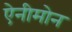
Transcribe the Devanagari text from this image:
ऐनीमोन